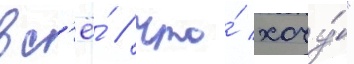
вс'ё́ / что́ хочу́"